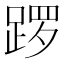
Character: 𫏑